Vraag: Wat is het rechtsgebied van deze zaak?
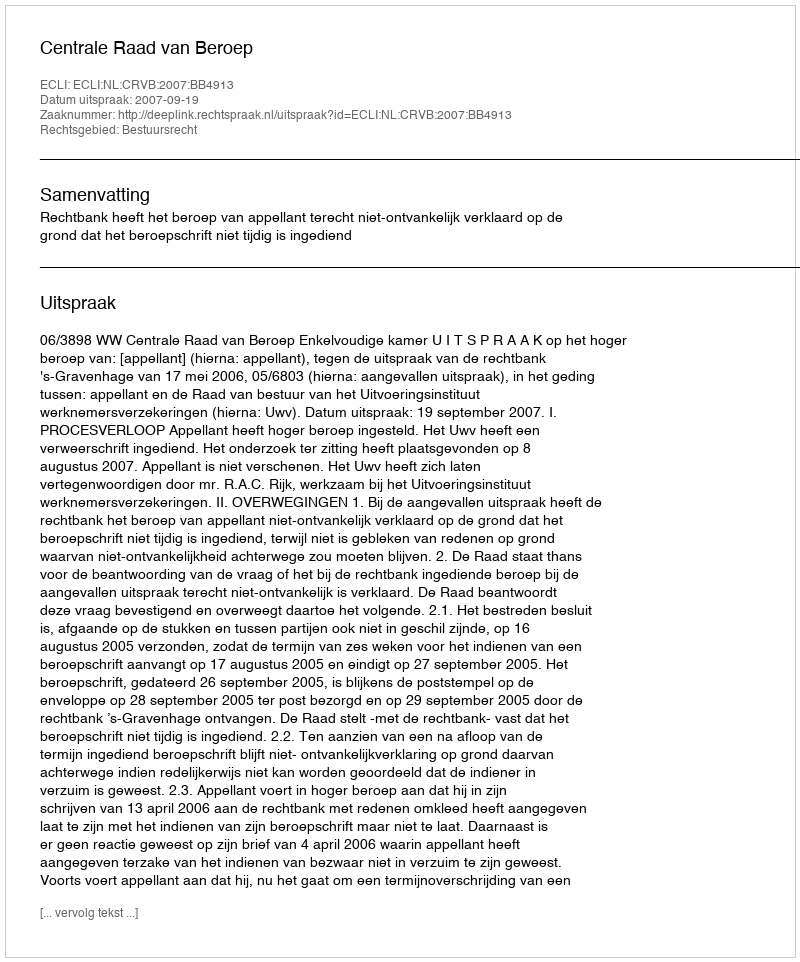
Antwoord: Bestuursrecht